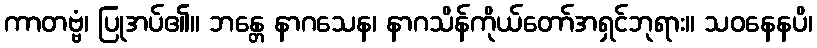
ကာတဗ္ဗံ၊ ပြုအပ်၏။ ဘန္တေ နာဂသေန၊ နာဂသိန်ကိုယ်တော်အရှင်ဘုရား။ သဝနေနပိ၊